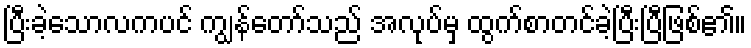
ပြီးခဲ့သောလကပင် ကျွန်တော်သည် အလုပ်မှ ထွက်စာတင်ခဲ့ပြီးပြီဖြစ်၏။